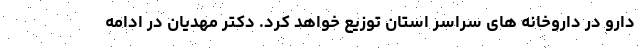
دارو در داروخانه های سراسر استان توزیع خواهد کرد. دکتر مهدیان در ادامه